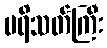
ပရိသတ်ကြီး